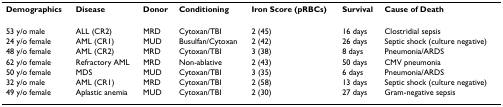
<table><thead><tr><td><b>Demographics</b></td><td><b>Disease</b></td><td><b>Donor</b></td><td><b>Conditioning</b></td><td><b>Iron Score (pRBCs)</b></td><td><b>Survival</b></td><td><b>Cause of Death</b></td></tr></thead><tbody><tr><td>53 y/o male</td><td>ALL (CR2)</td><td>MRD</td><td>Cytoxan/TBI</td><td>2 (45)</td><td>16 days</td><td>Clostridial sepsis</td></tr><tr><td>24 y/o female</td><td>AML (CR1)</td><td>MUD</td><td>Busulfan/Cytoxan</td><td>2 (42)</td><td>26 days</td><td>Septic shock (culture negative)</td></tr><tr><td>48 y/o female</td><td>AML (CR2)</td><td>MRD</td><td>Cytoxan/TBI</td><td>3 (38)</td><td>8 days</td><td>Pneumonia/ARDS</td></tr><tr><td>62 y/o female</td><td>Refractory AML</td><td>MRD</td><td>Non-ablative</td><td>2 (43)</td><td>50 days</td><td>CMV pneumonia</td></tr><tr><td>50 y/o female</td><td>MDS</td><td>MUD</td><td>Cytoxan/TBI</td><td>3 (35)</td><td>6 days</td><td>Pneumonia/ARDS</td></tr><tr><td>32 y/o male</td><td>AML (CR1)</td><td>MRD</td><td>Cytoxan/TBI</td><td>2 (58)</td><td>13 days</td><td>Septic shock (culture negative)</td></tr><tr><td>49 y/o female</td><td>Aplastic anemia</td><td>MUD</td><td>Cytoxan/TBI</td><td>2 (30)</td><td>27 days</td><td>Gram-negative sepsis</td></tr></tbody></table>